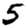
Digit: 5